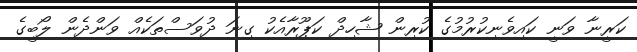
ކަރީނާ ވަނީ ކައިވެނިކުރުމުގެ ކުރިން ޝާހިދް ކަޕޫރާއެކު ގިނަ ދުވަސްތަކެއް ވަންދެން ލޯބީގެ